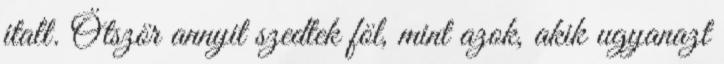
italt. Ötször annyit szedtek föl, mint azok, akik ugyanazt